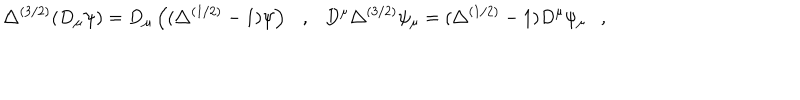
\triangle ^ { ( 3 / 2 ) } ( D _ { \mu } \psi ) = D _ { \mu } \left( ( \triangle ^ { ( 1 / 2 ) } - 1 ) \psi \right) , D ^ { \mu } \triangle ^ { ( 3 / 2 ) } \psi _ { \mu } = ( \triangle ^ { ( 1 / 2 ) } - 1 ) D ^ { \mu } \psi _ { \mu } ,